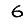
Digit: 6